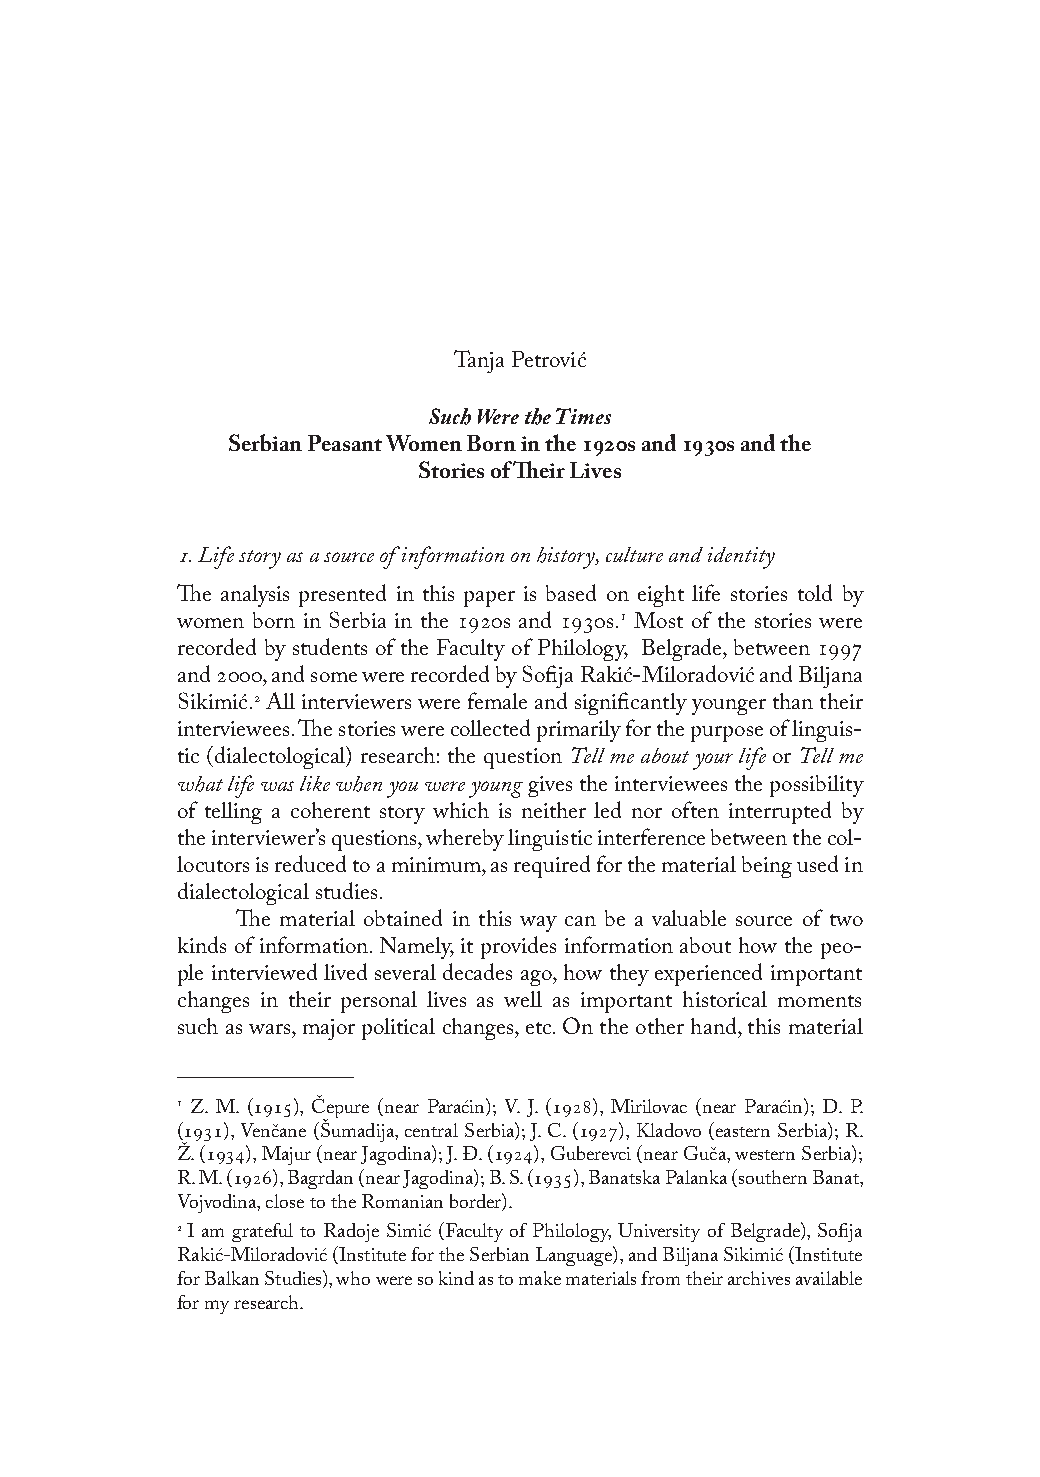
Tanja Petrović
 Such Were the Times
 Serbian Peasant Women Born in the s and s and the
 Stories of Their Lives
 . Life story as a source of information on history, culture and identity
 The analysis presented in this paper is based on eight life stories told by
 women born in Serbia in the s and s. Most of the stories were
 recorded by students of the Faculty of Philology, Belgrade, between 
 and , and some were recorded by Sofija Rakić-Miloradović and BBiilljjaannaa
 Sikimić. All interviewers were female and significantly younger than their
 interviewees. The stories were collected primarily for the purpose of linguis-
 tic (dialectological) research: the question Tell me about your life or Tell me
 what life was like when you were young gives the interviewees the possibility
 of telling a coherent story which is neither led nor often interrupted by
 the interviewer’s questions, whereby linguistic interference between the col-
 locutors is reduced to a minimum, as required for the material being used in
 dialectological studies.
 The material obtained in this way can be a valuable source of two
 kinds of information. Namely, it provides information about how the peo-
 ple interviewed lived several decades ago, how they experienced important
 changes in their personal lives as well as important historical moments
 such as wars, major political changes, etc. On the other hand, this material
  Z. M. (), Čepure (near Paraćin); V. J. (), Mirilovac (near Paraćin); D. P.
 (), Venčane (Šumadija, central Serbia); J. C. (), Kladovo (eastern Serbia); R.
 Ž. (), Majur (near Jagodina); J. Đ. (), Guberevci (near Guča, western Serbia);
 R. M. (), Bagrdan (near Jagodina); B. S. (), Banatska Palanka (southern Banat,
 Vojvodina, close to the Romanian border).
  I am grateful to Radoje Simić (Faculty of Philology, University of Belgrade), Sofija
 Rakić-Miloradović (Institute for the Serbian Language), and Biljana Sikimić (Institute
 for Balkan Studies), who were so kind as to make materials from their archives available
 for my research.